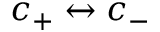
c _ { + } \leftrightarrow c _ { - }